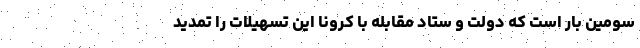
سومین بار است که دولت و ستاد مقابله با کرونا این تسهیلات را تمدید